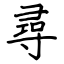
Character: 尋